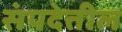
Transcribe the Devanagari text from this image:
संपदेतील